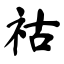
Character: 祜